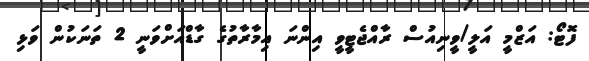
ފޮޓޯ: އަޒްމީ އަލީ/ވީނިއުސް ރާއްޖެޓީވީ އިންނަ އިމާރާތުގެ ގާޑްއަށްވަނީ 2 ތަނަކުން ވަޅި